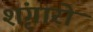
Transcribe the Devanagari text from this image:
शृंगारो